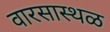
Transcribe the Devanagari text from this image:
वारसास्थळ